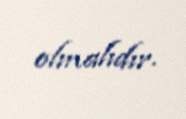
olmalıdır.